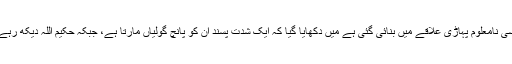
وڈیو جو کسی نامعلوم پہاڑی علاقے میں بنائی گئی ہے میں دکھایا گیا کہ ایک شدت پسند ان کو پانچ گولیاں مارتا ہے، جبکہ حکیم اللہ دیکھ رہے ہوتے ہیں۔